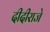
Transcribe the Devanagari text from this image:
दीदीराजे